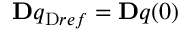
\ensuremath { \mathbf Ḋ q Ḍ } _ { \mathrm { Ḋ } r e f Ḍ } = \ensuremath { \mathbf Ḋ q Ḍ } ( 0 )